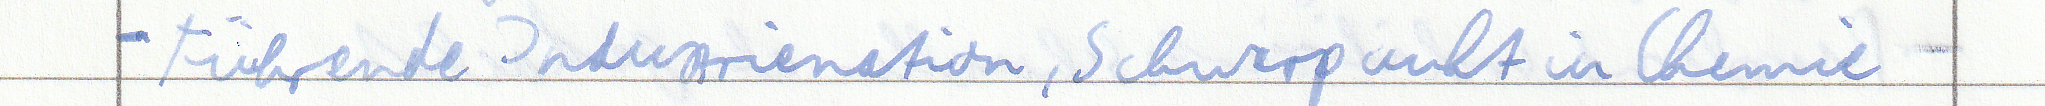
- Führende Industrienation, Schwerpunkt in Chemie